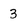
Character: 3